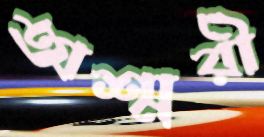
অশ্মরী